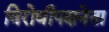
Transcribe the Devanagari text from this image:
विरोधीपक्षनेता